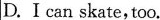
D.I can skate,too